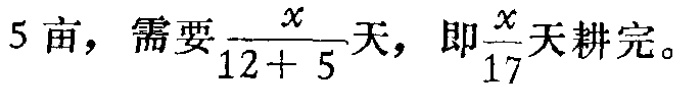
5亩，需要$\frac{x}{12 + 5}$天，即$\frac{x}{17}$天耕完。